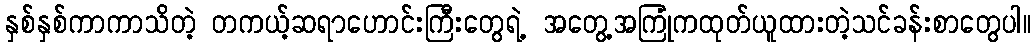
နှစ်နှစ်ကာကာသိတဲ့ တကယ့်ဆရာဟောင်းကြီးတွေရဲ့ အတွေ့အကြုံကထုတ်ယူထားတဲ့သင်ခန်းစာတွေပါ။